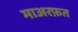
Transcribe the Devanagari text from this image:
माअरफ़त